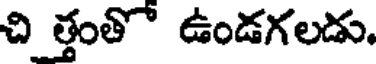
చి త్తంతో ఉండగలడు.